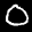
Label: 0